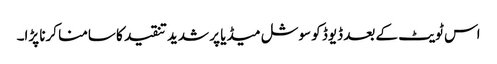
اس ٹویٹ کے بعد ڈیوڈ کو سوشل میڈیا پر شدید تنقید کا سامنا کرنا پڑا۔